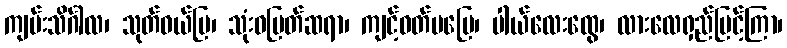
ကျမ်းသိင်္ဂါလ၊ သုတ်ဝယ်ပြ၊ သုံးဝမြတ်ဆရာ၊ ကျင့်ဝတ်မပြေ၊ ပါယ်လေးထွေ၊ လားလေရှည်မြင့်ကြာ၊